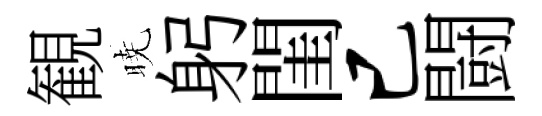
観暁躬閨已闘